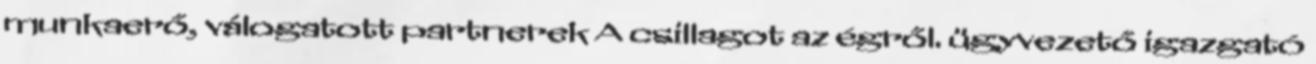
munkaerő, válogatott partnerek A csillagot az égről. ügyvezető igazgató